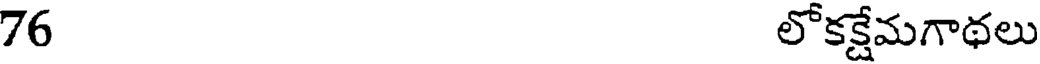
76 లోకక్షేమగాథలు